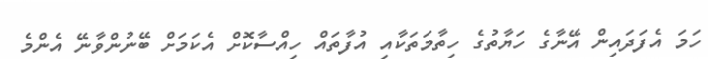
ހަމަ އެފަދައިން އޭނާގެ ހަޔާތުގެ ހިތާމަތަކާއި އުފާތައް ހިއްސާކޮށް އެކަމަށް ބޭނުންވާނޭ އެންމެ